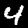
Label: 4